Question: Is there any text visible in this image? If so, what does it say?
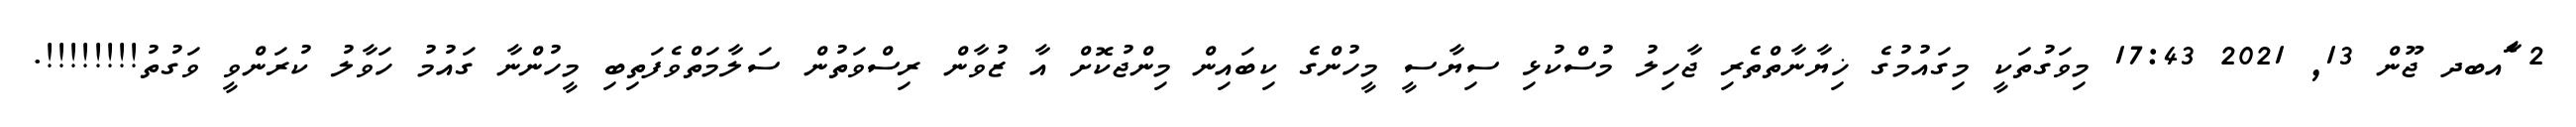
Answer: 2 ާަެެައބދ ޖޫން 13, 2021 17:43 މިވަގުތަކީ މިގައުމުގެ ޚިޔާނާތްތެރި ޖާހިލު މުސްކުޅި ސިޔާސީ މީހުންގެ ކިބައިން މިންޖުކޮށް އާ ޒުވާން ރިސްވަތުން ސަލާމަތްވެފަތިބި މީހުންނާ ގައުމު ހަވާލު ކުރަންވީ ވަގުތު!!!!!!!!.